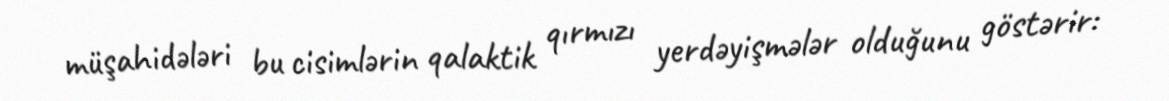
müşahidələri bu cisimlərin qalaktik qırmızı yerdəyişmələr olduğunu göstərir: